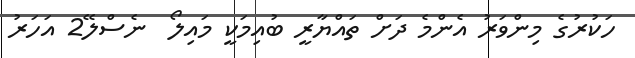
ހަކުރުގެ މިންވަރު އެންމެ ދަށް ތައްޔާރީ ބުއިމަކީ މައިލޯ  ނެސްލޭ2 އަހަރު